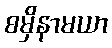
စမှိနာမယာ